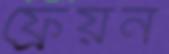
ফ্রেয়ন